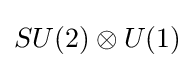
SU(2)\otimes U(1)